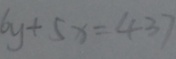
6 y + 5 x = 4 3 7